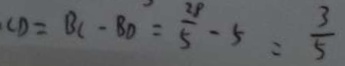
C D = B C - B D = \frac { 2 8 } { 5 } - 5 = \frac { 3 } { 5 }